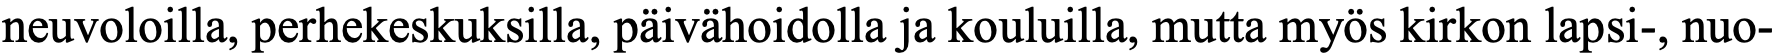
neuvoloilla, perhekeskuksilla, päivähoidolla ja kouluilla, mutta myös kirkon lapsi-, nuo-